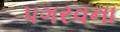
પગરવના